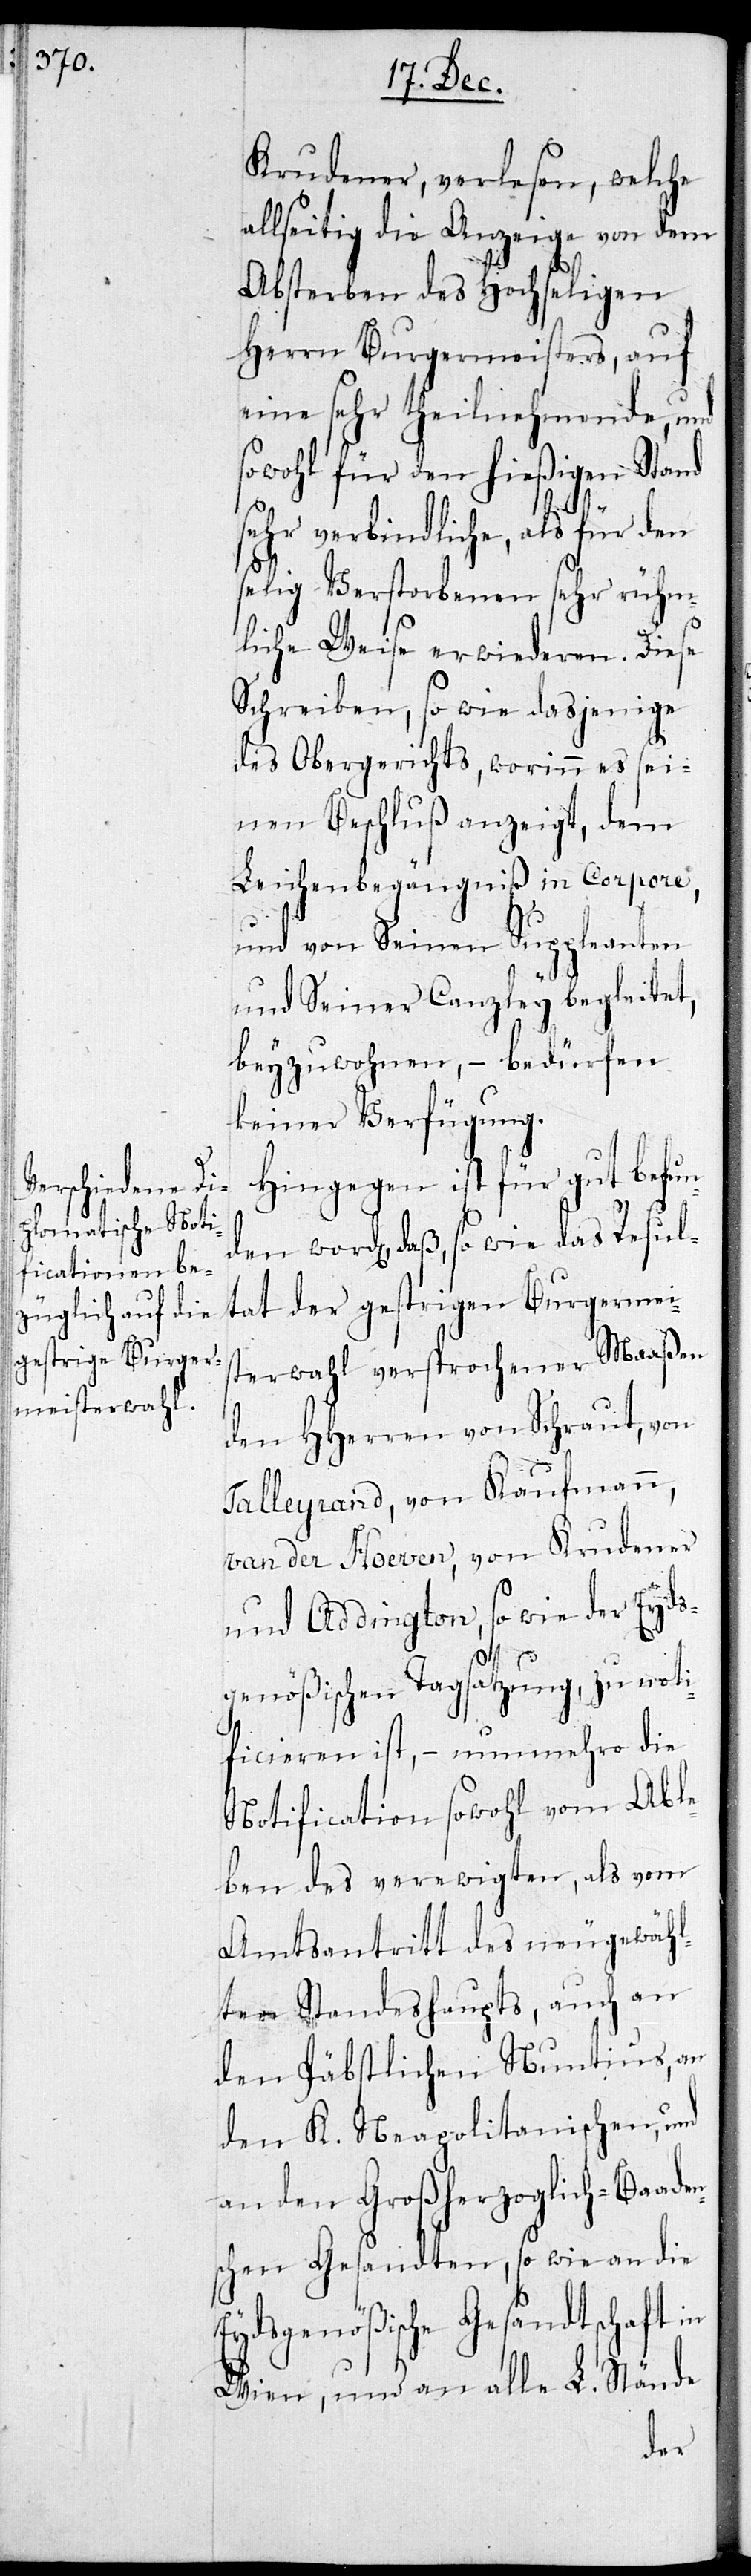
Krudener, verlesen, welche
allseitig die Anzeige von dem
Absterben des Hochseligen
Herrn Burgermeisters, auf
eine sehr theilnehmende, und
sowohl für den hießigen Stand
sehr verbindliche, als für den
selig Verstorbenen sehr rühm¬
liche Weise erwiederen. Diese
Schreiben, so wie dasjenige
des Obergerichts, worinn es sei¬
nen Beschluß anzeigt, dem
Leichenbegängniß in corpore
und von Seinen Suppleanten
und Seiner Canzley begleitet,
beyzuwohnen, – bedürfen
keiner Verfügung.
Hingegen ist für gut befun¬
den worden, daß, so wie das Resul¬
tat der gestrigen Burgermeis¬
terwahl versprochener Maaßen
den HHerren von Schraut, von
Talleyrand, von Kaufmann,
Van der Hoeven, von Krudener
und Addington, so wie der Eyds¬
genößischen Tagsatzung zu noti¬
ficieren ist, – nunmehro die
Notification sowohl vom Abl¬
eben des verewigten, als vom
Amtsantritt des neugewähl¬
ten Standeshaupts, auch an
den Päbstlichen Nuntius, an
den K. Neapolitanischen, und
an den Großherzoglich-Baadi¬
schen Gesandten, so wie an die
Eydsgenößische Gesandtschaft in
Wien, und an alle L. Stände